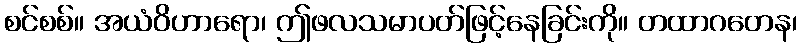
စင်စစ်။ အယံဝိဟာရော၊ ဤဖလသမာပတ်ဖြင့်နေခြင်းကို။ တထာဂတေန၊